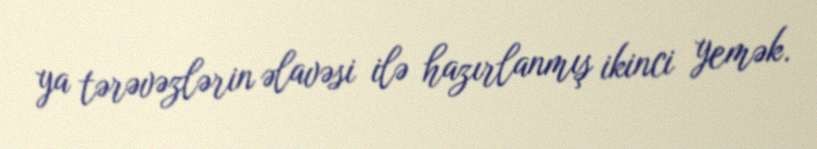
ya tərəvəzlərin əlavəsi ilə hazırlanmış ikinci yemək.